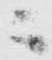
ニ